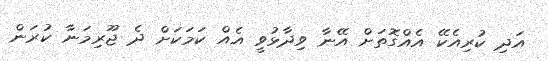
އަދި ކުރިއެކޭ އެއްގޮތަށް އޭނާ ވިދާޅުވީ އެއް ކަމަކަށް ދެ ޖޫރިމަނާ ކުރަން